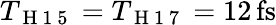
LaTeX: T_{\mathrm{~H~1~5~}}=T_{\mathrm{~H~1~7~}}=12\, \mathrm{{fs}}